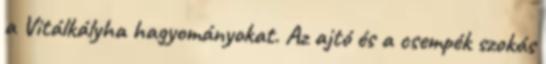
a Vitálkályha hagyományokat. Az ajtó és a csempék szokás